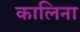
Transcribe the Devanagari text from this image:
कालिना